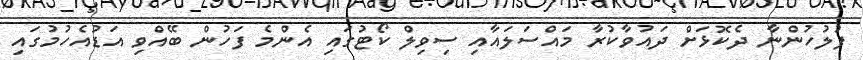
ފުލުހުންނާ ދެކޮޅަށް ދައުވާކުރާ މައްސަލައާއި ސިވިލް ކޯޓުގައި އެންމެ ފަހުން ބޭއްވި އަޑުއެހުމުގައި